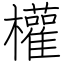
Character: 權